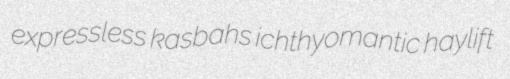
expressless kasbahs ichthyomantic haylift